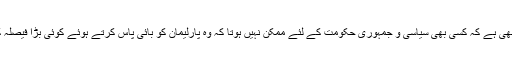
ایسا ہوتا بھی ہے کہ کسی بھی سیاسی و جمہوری حکومت کے لئے ممکن نہیں ہوتا کہ وہ پارلیمان کو بائی پاس کرتے ہوئے کوئی بڑا فیصلہ کر سکے۔